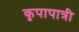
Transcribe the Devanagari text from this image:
कृपापात्री